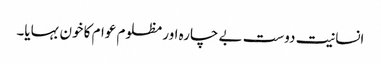
انسانیت دوست بے چارہ اور مظلوم عوام کا خون بہایا۔